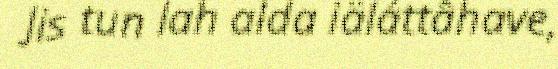
Jis tun lah alda iäláttâhave,